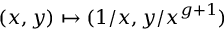
( x , y ) \mapsto ( 1 / x , y / x ^ { g + 1 } )